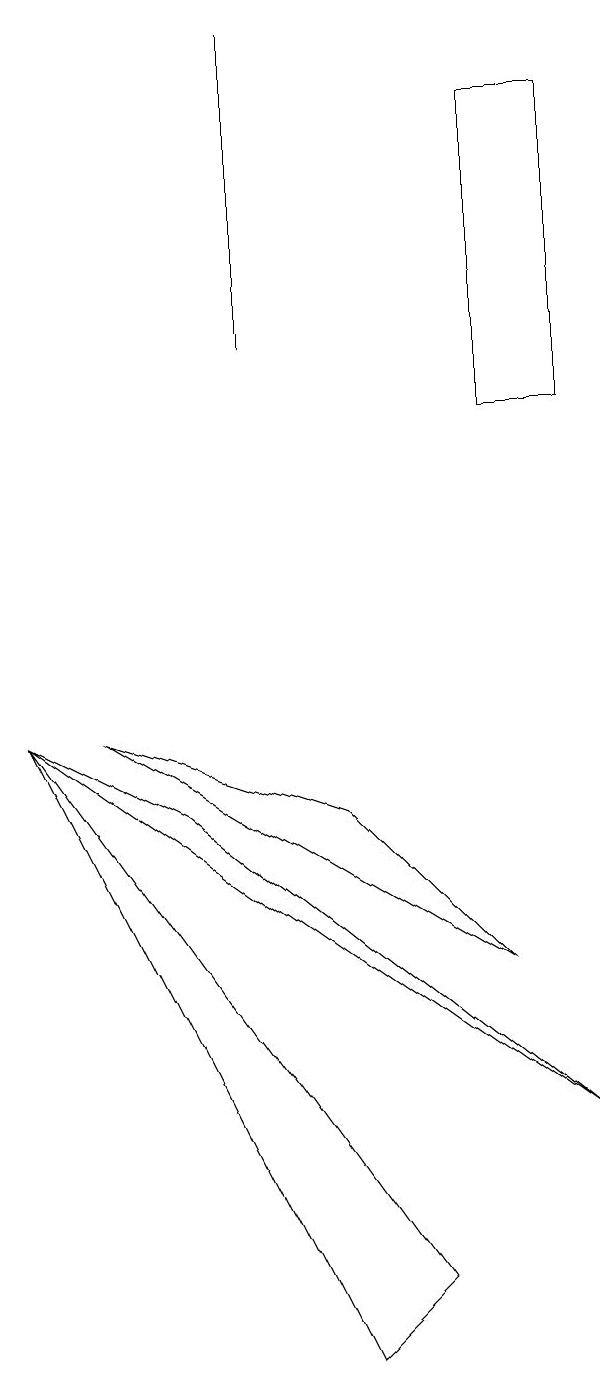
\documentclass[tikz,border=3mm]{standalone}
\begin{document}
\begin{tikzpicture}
\draw (7,13) rectangle (6,17);
\draw (3,18) rectangle (3,14);
\draw (2,8) -- (7,4) -- (0,9) -- cycle;
\draw (4,1) -- (5,2) -- (0,9) -- cycle;
\draw (6,6) -- (1,9) -- (4,8) -- cycle;
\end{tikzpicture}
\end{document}